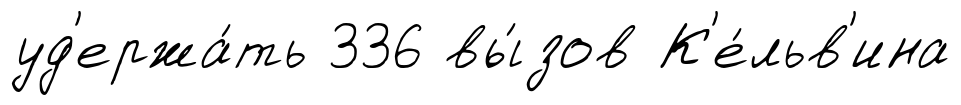
уд'ержа́ть 336 вы́зов К'е́льв'ина